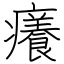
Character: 癢